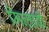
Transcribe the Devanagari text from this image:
मिन्ताबी